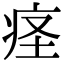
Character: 𫞬